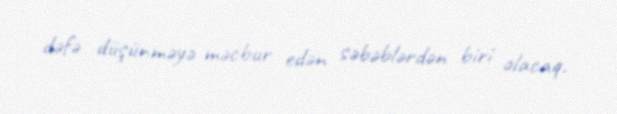
dəfə düşünməyə məcbur edən səbəblərdən biri olacaq.